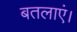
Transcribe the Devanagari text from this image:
बतलाएं।